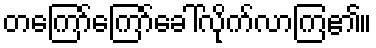
တကြော်ကြော်ခေါ်လိုက်လာကြ၏။